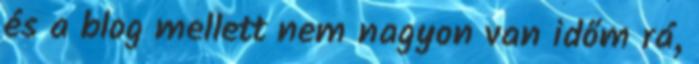
és a blog mellett nem nagyon van időm rá,